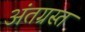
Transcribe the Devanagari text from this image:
अंतग्रस्त